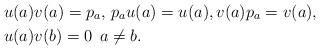
LaTeX: \begin{align*} &u(a)v(a)=p_a,\,p_au(a)=u(a),v(a)p_a=v(a),\,\\&u(a)v(b)=0\;\,a\ne b.\end{align*}